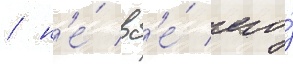
/ н'е́ вс'е́ его́